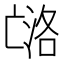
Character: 𰁟